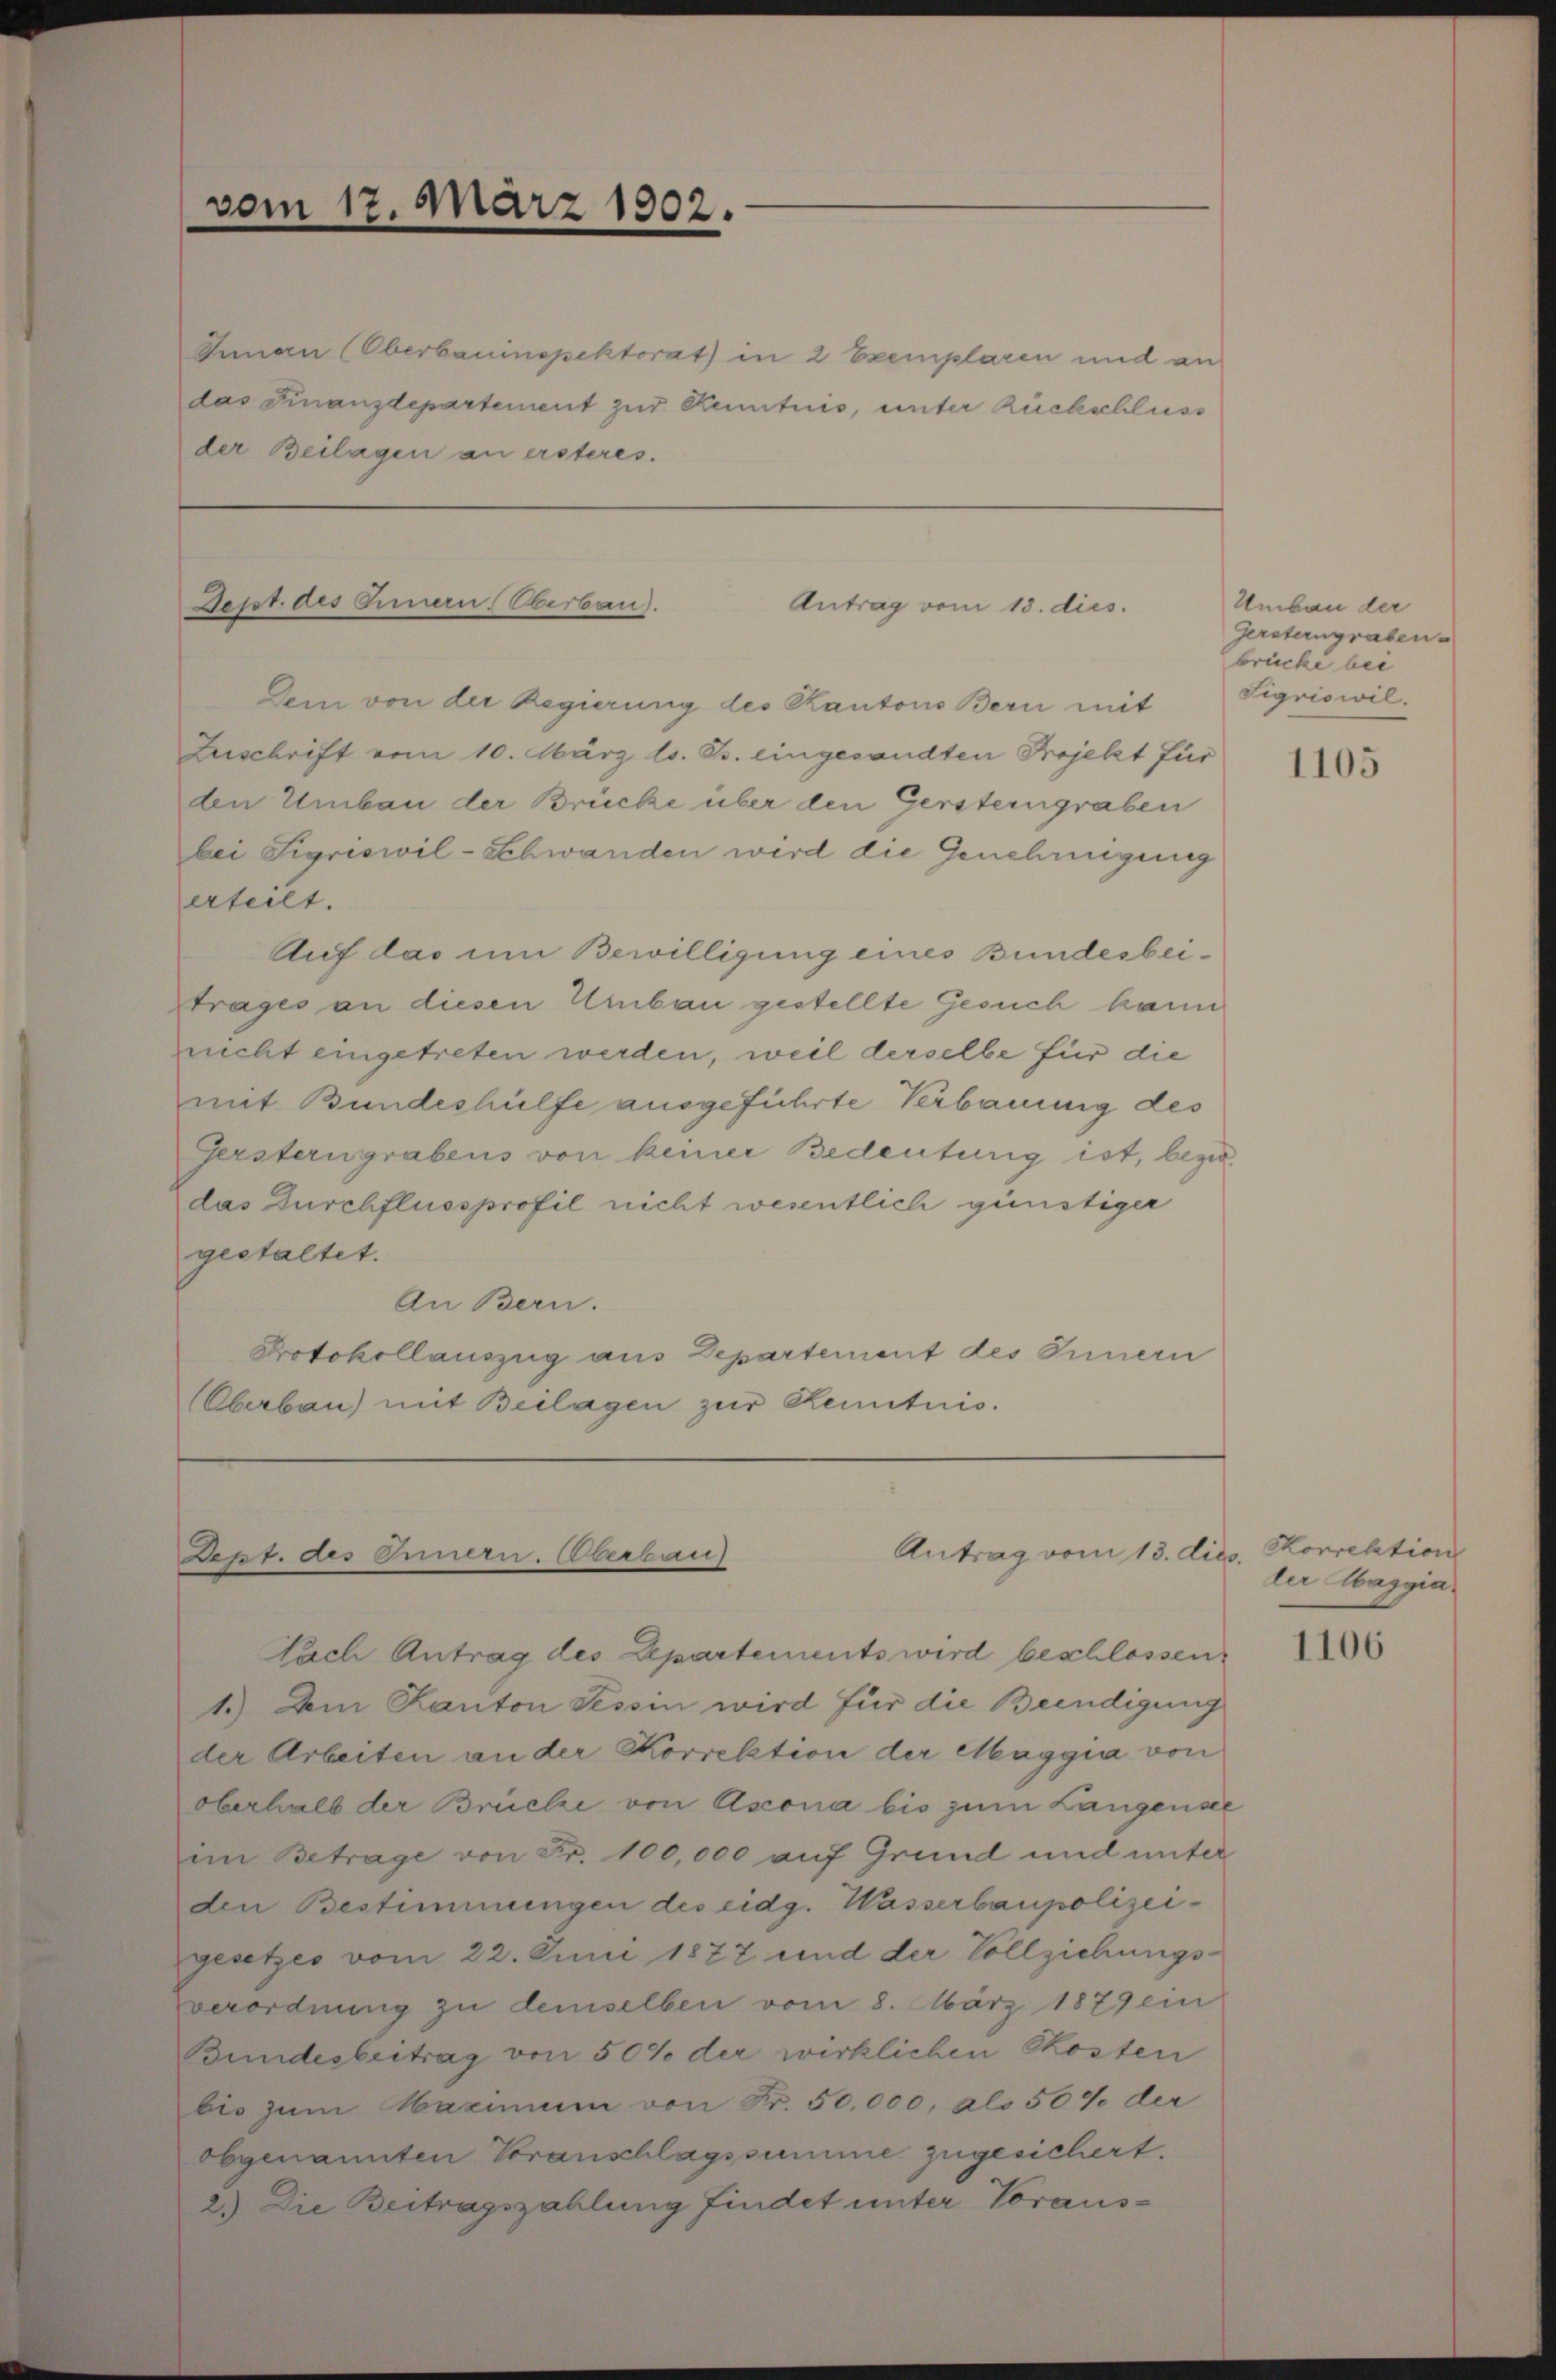
vom 17. März 1802.

Innau (Oberbauinspektorat in 2 Exemplaren und an
das Finanzdepartement zur Kenntnis, unter Rückschluss
der Beilagen an ersteres.

Sept. des Innern, Oberbau).

Dem von der Regierung des Kantons Bern mit
Zuschrift vom 10. März l. Js. eingesandten Projekt für
den Umbau der Brücke über den Gersterngraben
bei Sigriswil-Schwanden wird die Genehmigung
erteilt.
Auf das um Bewilligung eines Bundesbeitrages an diesen Umbau gestellte Gesuch kann
nicht eingetreten werden, weil derselbe für die
mit Bundeshülfe ausgeführte Verbauung des
Gersterngrabens von keiner Bedeutung ist, bezie
das Durchflussprofil nicht wesentlich günstiger
gestaltet.
An Bern.
Protokollauszug aus Departement des Innern
Oberbau) mit Beilagen zur Kenntnis.

Antrag vom 13. dies

Antrag vom 13. dies. Korrektion
Dept. des Innern. Oberbau

Nach Antrag des Departements wird beschlossen.
1.) Am Kanton Tessin wird für die Beendigung
der Arbeiten an der Korrektion der Maggia von
oberhalb der Brücke von Ascona bis zum Langensee
im Betrage von Fr. 100,000 auf Grund und unter
den Bestimmungen des eidg. Wasserbaupolizeigesetzes vom 22. Juni 1877 und der Vollziehungsverordnung zu demselben vom 8. März 1879 ein
Bundesbertrag von 50% der wirklichen Kosten
bis zum Maximum von Fr. 50,000, als 50 % der
Obgenannten Voranschlagssumme zugesichert.
2) Die Beitragszahlung findet unter Voraus-

Umbau der
Gersterngraben.
brücke bei
Sigriswil.

1105

der Maggia

1106